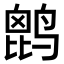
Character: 𪉔